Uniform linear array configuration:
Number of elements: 8
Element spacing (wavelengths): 0.5
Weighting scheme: exponential
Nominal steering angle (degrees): -45
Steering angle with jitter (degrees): -46.651
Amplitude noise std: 0.05
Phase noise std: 0.05

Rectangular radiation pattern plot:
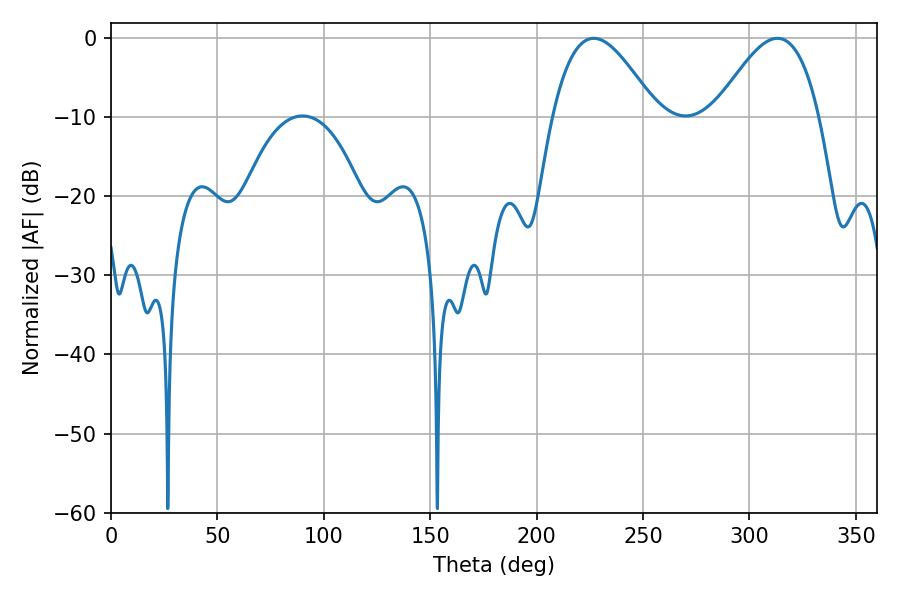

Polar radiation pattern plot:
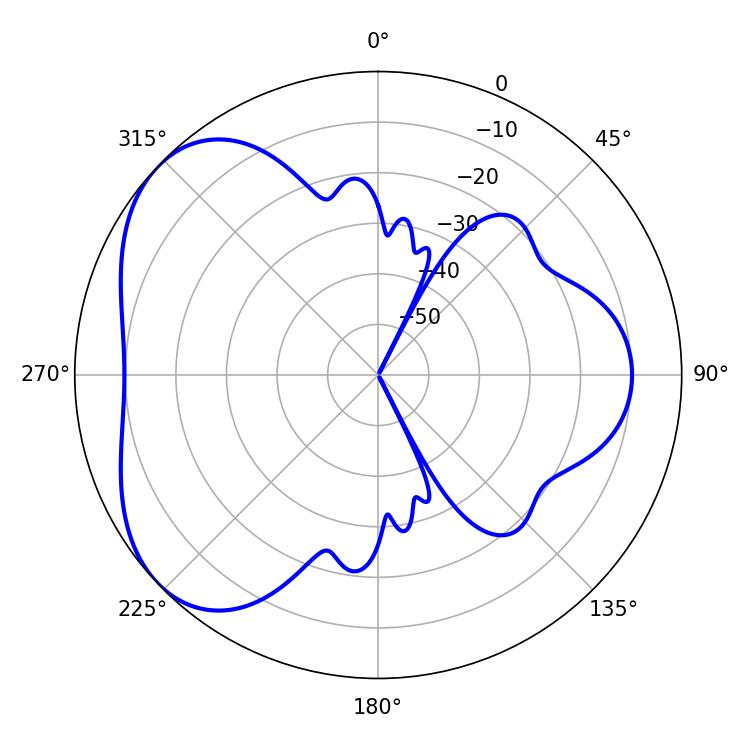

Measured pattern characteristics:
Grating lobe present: FALSE
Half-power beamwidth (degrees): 26.28
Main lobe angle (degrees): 226.8